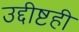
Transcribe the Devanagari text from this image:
उद्दीष्टही